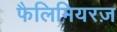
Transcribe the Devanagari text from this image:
फैलिमियरज़